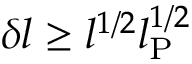
\delta l \ge l ^ { 1 / 2 } l _ { \mathrm { P } } ^ { 1 / 2 }